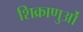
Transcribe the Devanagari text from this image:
शिक्राणुओं